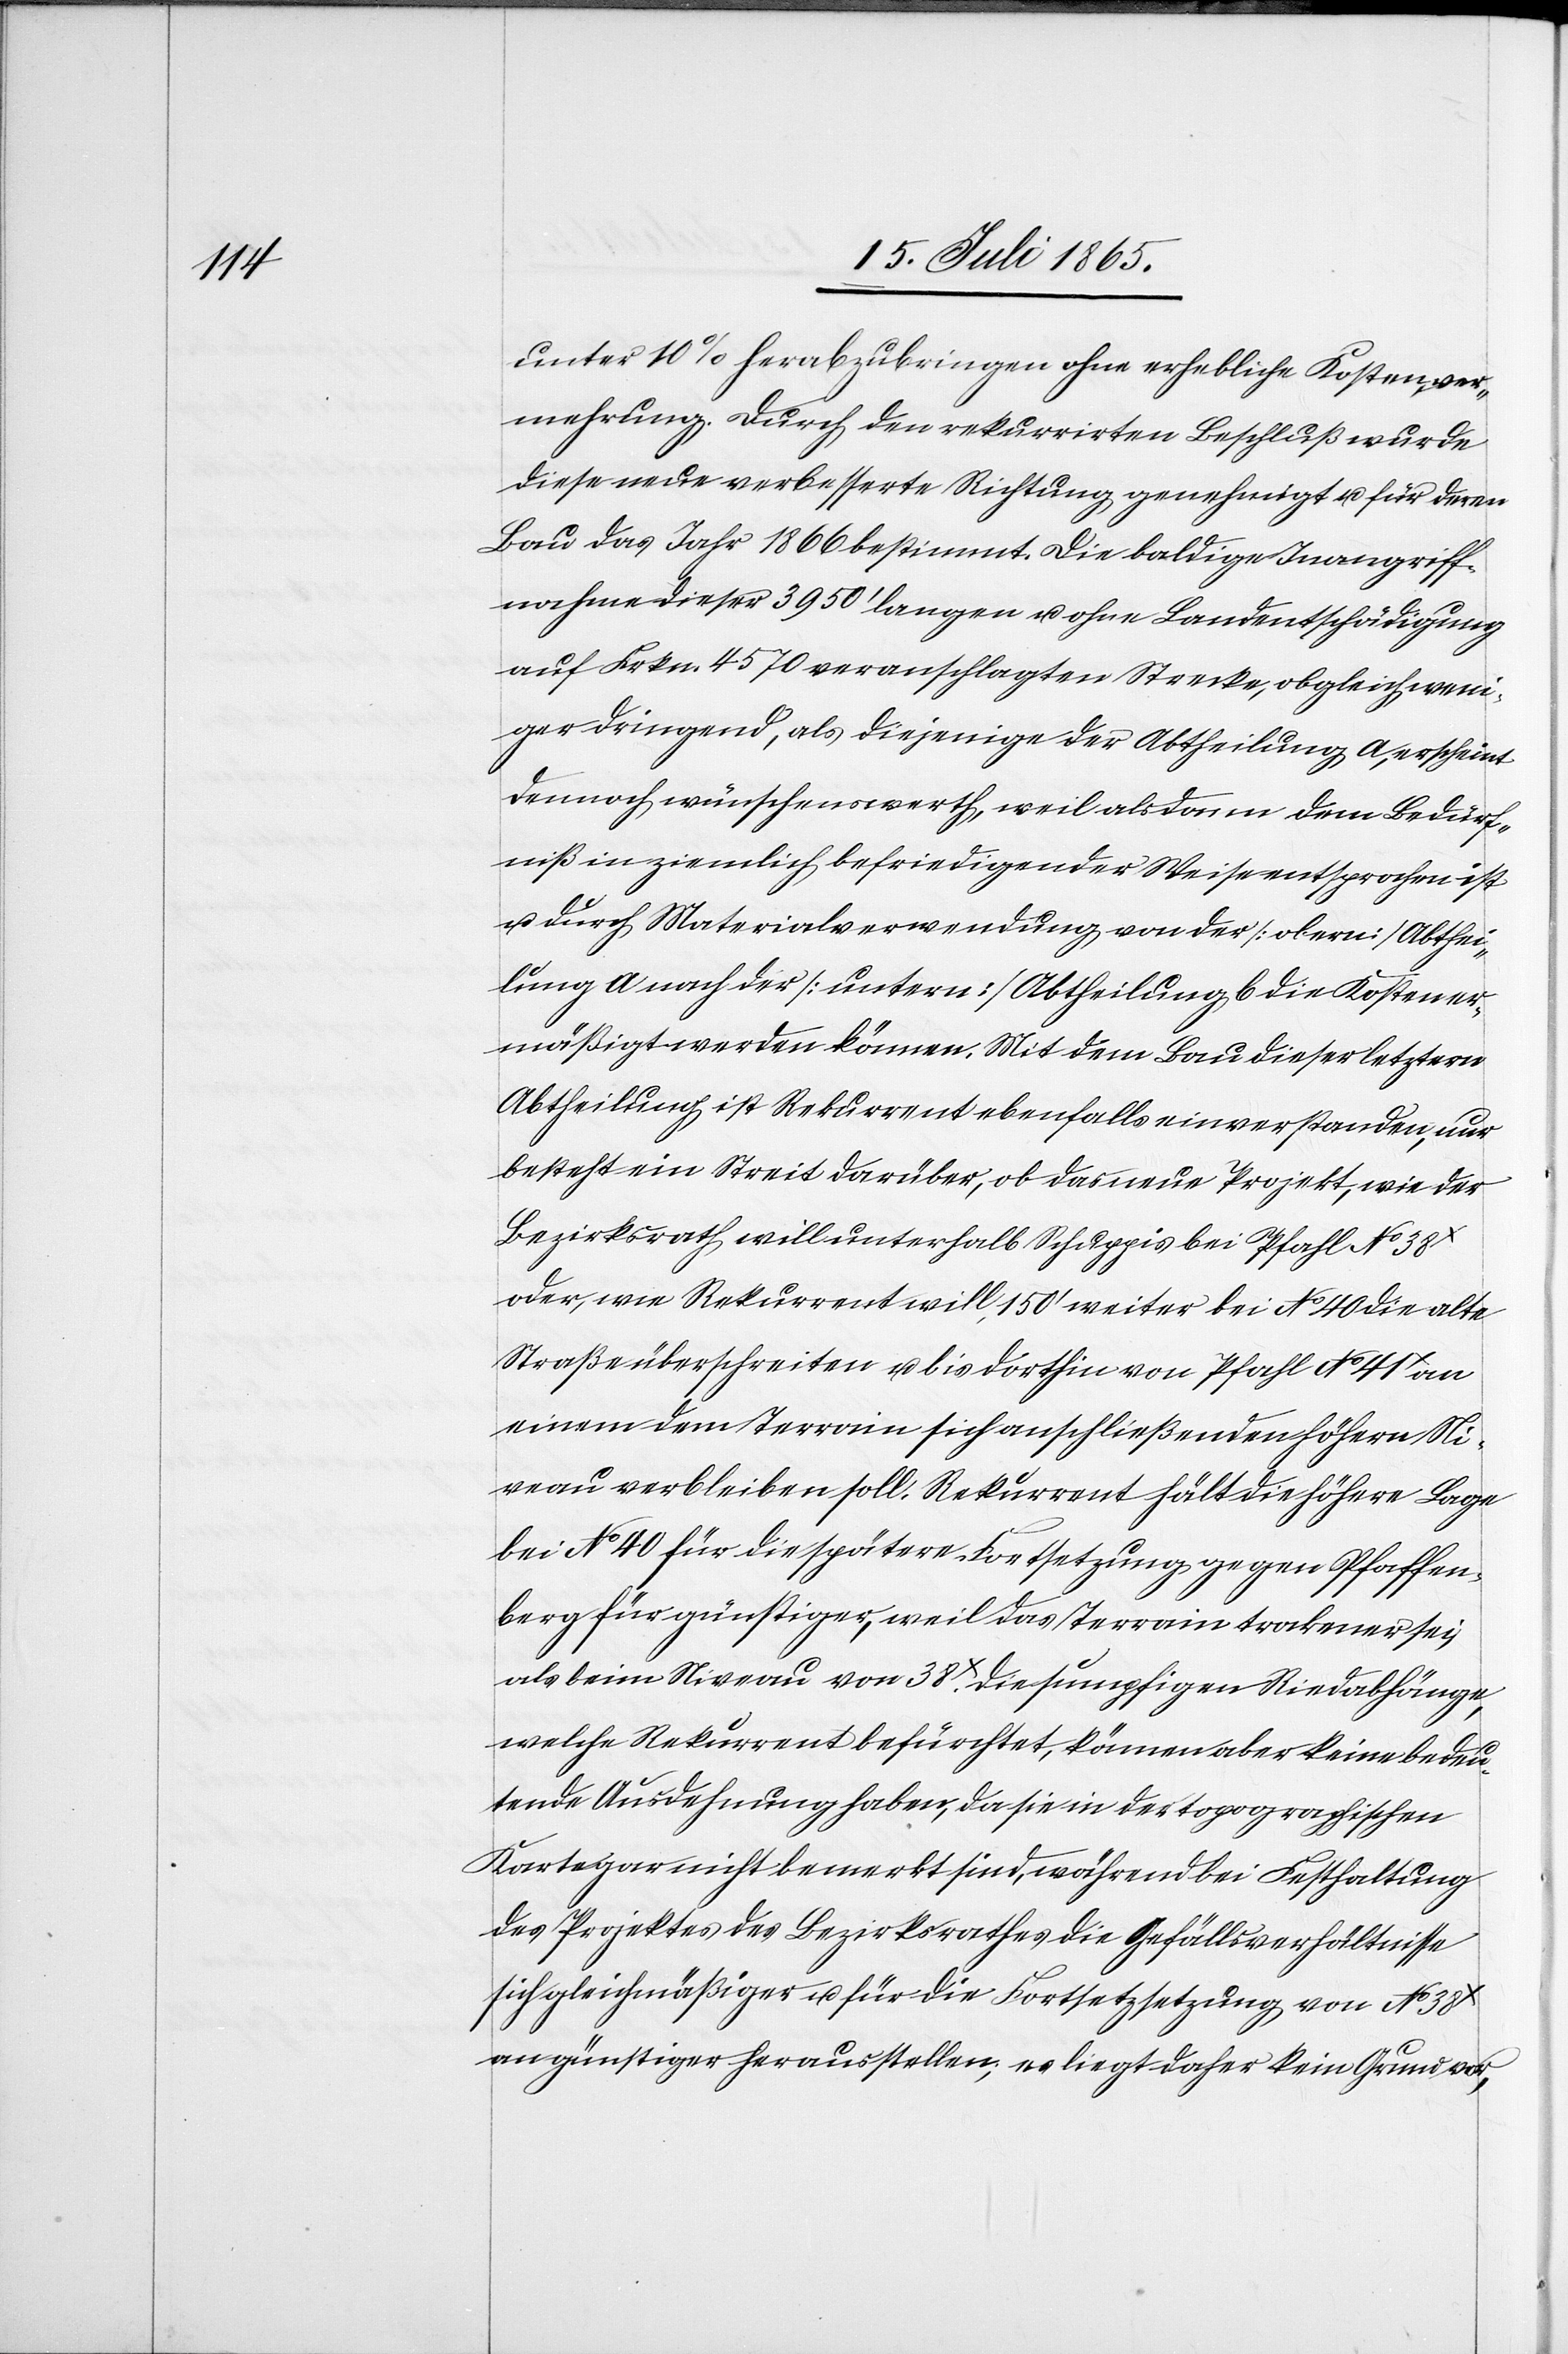
lung

unter 10 % herabzubringen ohne erhebliche Kostenver¬
mehrung. Durch den rekurrirten Beschluß wurde
diese neue verbesserte Richtung genehmigt u. für deren
Bau das Jahr 1866 bestimmt. Die baldige Inangriff¬
nahme dieser 3950’ langen u. ohne Landentschädigung
auf Frkn. 4570 veranschlagten Strecke, obgleich weni¬
ger dringend, als diejenige der Abtheilung a, erscheint
dennoch wünschenswerth, weil alsdann dem Bedürf¬
niß in ziemlich befriedigender Weise entsprochen ist
u. durch Materialverwendung von der [obern] Abthei¬
ermäßigt werden können. Mit dem Bau dieser letztern
Abtheilung ist Rekurrent ebenfalls einverstanden, nur
besteht ein Streit darüber, ob das neue Projekt, wie der
Bezirksrath will unterhalb Schuppis bei Pfahl No 38X
oder, wie Rekurrent will, 150’ weiter bei No 40 die alte
Straße überschreiten u. bis dorthin von Pfahl No 41X an
einem dem Terrain sich anschließenden höhern Ni¬
veau verbleiben soll. Rekurrent hält die höhere Lage
bei No 40 für die spätere Fortsetzung gegen Pfaffen¬
berg für günstiger, weil das Terrain trockener sei,
als beim Niveau von 38X. Die sumpfigen Riedabhänge,
welche Rekurrent befürchtet, können aber keine bedeu¬
tende Ausdehnung haben, da sie in der topographischen
Karte gar nicht bemerkt sind, während bei Festhaltung
des Projektes des Bezirksrathes die Gefällsverhältnisse
sich gleichmäßiger u. für die Fortsetzsetzung [sic!]
an günstiger herausstellen, es liegt daher kein Grund vor,